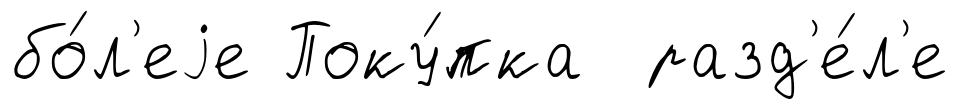
бо́л'еjе Поку́пка разд'е́л'е